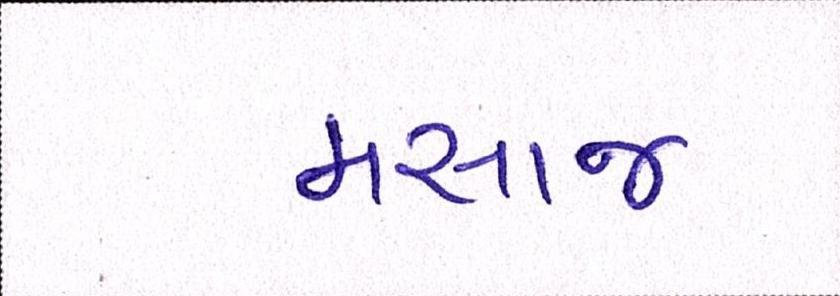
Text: મસાજ